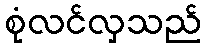
စုံလင်လှသည်